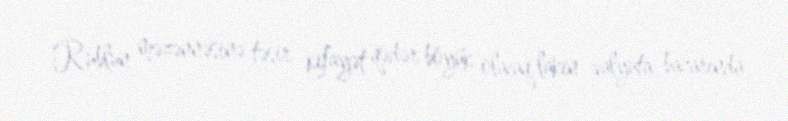
Rublun məzənnəsinə təsir kifayət qədər böyük olacaq, lakin valyuta bazarında